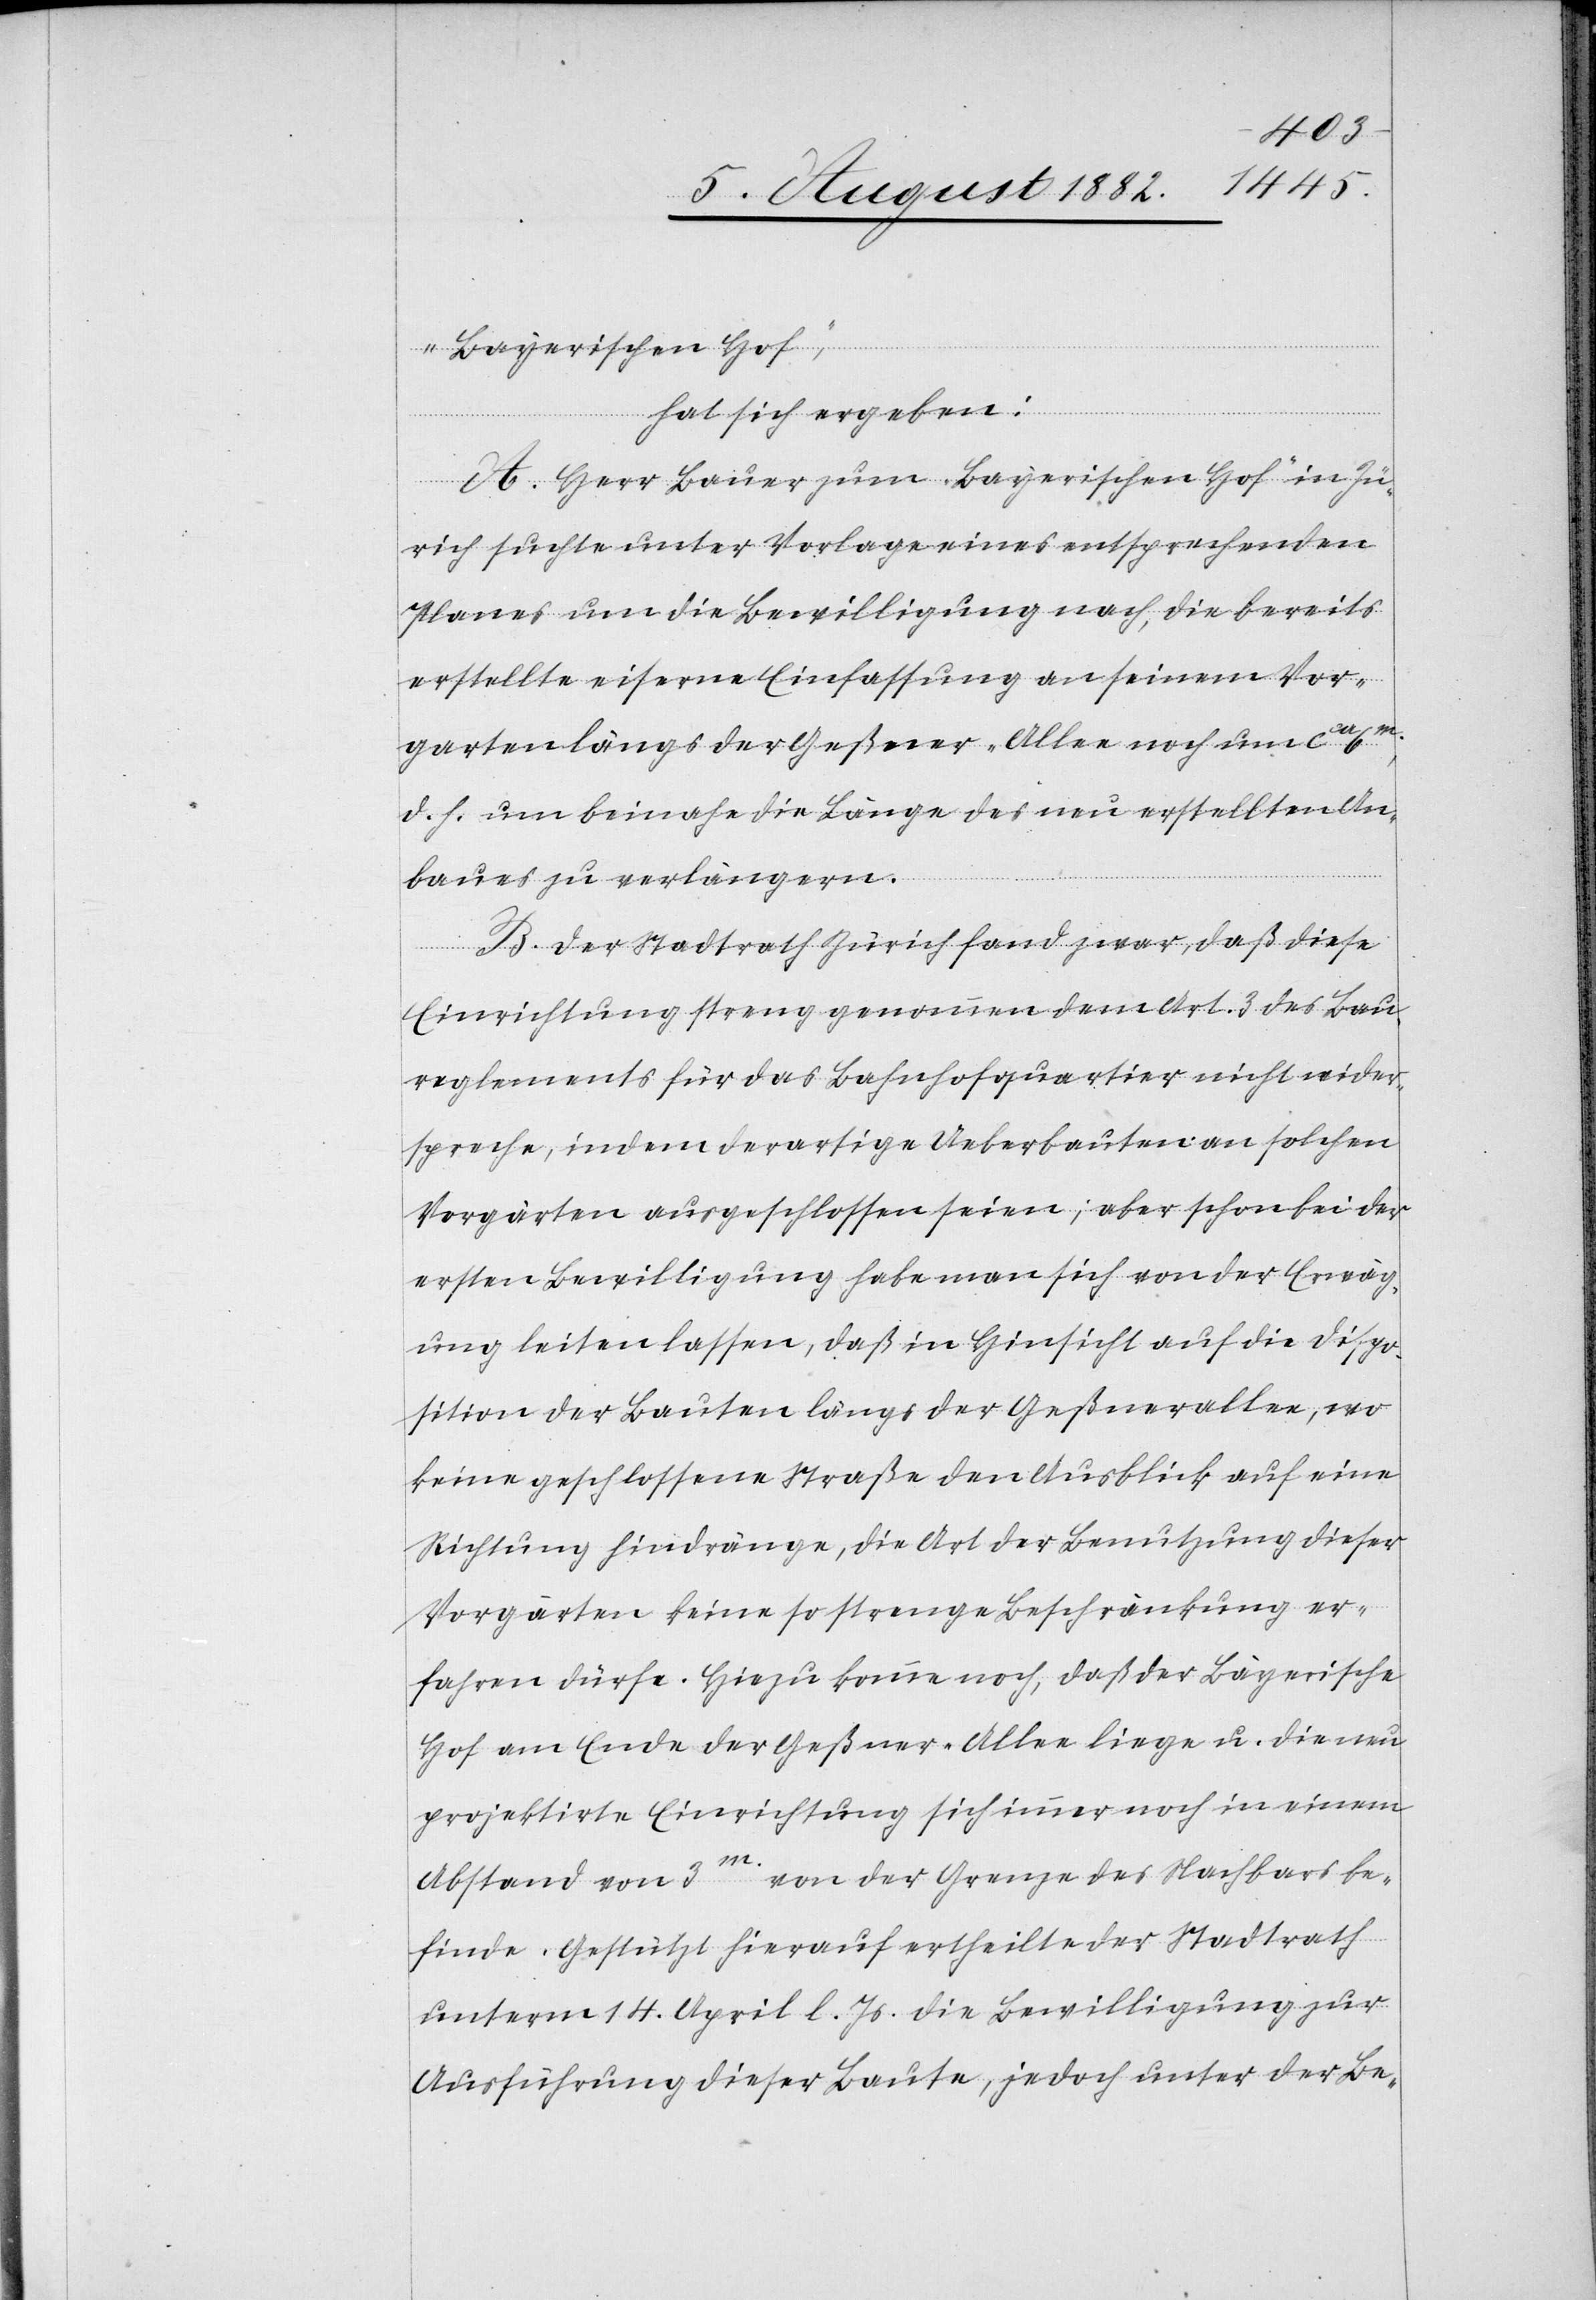
„Bayerischen Hof“,
hat sich ergeben:
A. Herr Bauer zum „Bayerischen Hof“ in Zü¬
rich suchte unter Vorlage eines entsprechenden
Planes um die Bewilligung nach, die bereits
erstellte eiserne Einfassung an seinem Vor¬
garten längs der Geßner-Allee noch um ca 6m
d. h. um beinahe die Länge des neu erstellten An¬
baues zu verlängern.
B. Der Stadtrath Zürich fand war, daß diese
Einrichtung streng genommen dem Art. 3 des Bau¬
reglements für das Bahnhofquartier nicht [sic!] wider¬
spreche, indem derartige Ueberbauten an solchen
Vorgärten ausgeschlossen seien; aber schon bei der
ersten Bewilligung habe man sich von der Erwäg¬
ung leiten lassen, daß in Hinsicht auf die Dispo¬
sition der Bauten längs der Geßnerallee, wo
keine geschlossene Straße den Ausblick auf eine
Richtung hindränge, die Art der Benutzung dieser
Vorgärten keine so strenge Beschränkung er¬
fahren dürfe. Hiezu komme noch, daß der Bayerische
Hof am Ende der Geßner-Allee liege u. die neu
projektirte Einrichtung sich immer noch in einem
Abstand von 3m von der Grenze des Nachbars be¬
finde. Gestützt hierauf ertheilte der Stadtrath
unterm 14. April l. Js die Bewilligung zur
Ausführung dieser Baute, jedoch unter der Be-